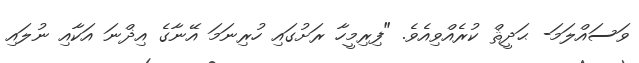
ވަސައްލަމަ- ޙަދީޘް ކުރެއްވިއެވެ. "ފިރިމީހާ ރަށުގައި ހުރިނަމަ އޭނާގެ އިޛްނަ އަކާއި ނުލައި